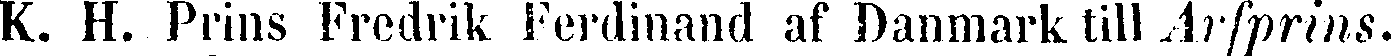
K. H. Prins Fredrik Ferdinand af Danmark till Arfprins.